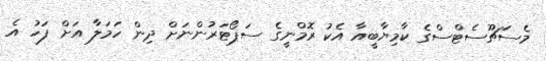
މެސަޗޫސެޓްސްގެ ކާމިޔާބީއާ އެކު ރޮމްނީގެ ސަޕޯޓަރުންނަށް ދިން ހަމަލާ އަށް ފަހު އެ